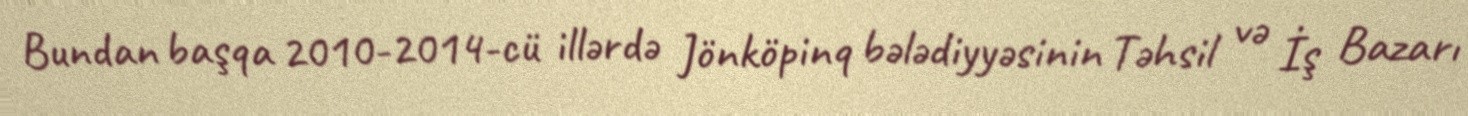
Bundan başqa 2010-2014-cü illərdə Jönköpinq bələdiyyəsinin Təhsil və İş Bazarı